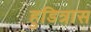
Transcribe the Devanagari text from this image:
हुडित्रास